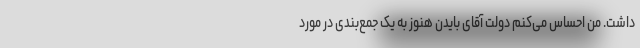
داشت. من احساس می‌کنم دولت آقای بایدن هنوز به یک جمع‌بندی در مورد